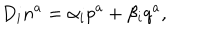
D _ { i } n ^ { a } = \alpha _ { i } p ^ { a } + \beta _ { i } q ^ { a } ,